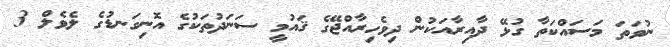
ނުވަތަ މަސައްކަތާ ގުޅޭ ދާއިރާއަކުން ދިވެހިރާއްޖޭގެ ޤައުމީ ސަނަދުތަކުގެ އޮނިގަނޑުގެ ލެވެލް 3